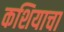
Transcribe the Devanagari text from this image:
कशियाचा